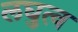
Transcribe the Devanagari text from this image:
लघुत्व